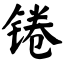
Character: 锩